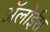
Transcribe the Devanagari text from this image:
ॲलोईस